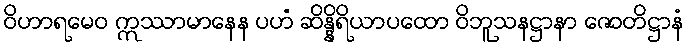
ဝိဟာရမေဝ ဣဿာမာနေန ပဟံ ဆိန္နိရိယာပထော ဝိဘူသနဋ္ဌာနာ ဇောတိဋ္ဌာနံ